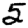
Digit: 5